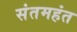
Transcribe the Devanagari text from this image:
संतमहंत